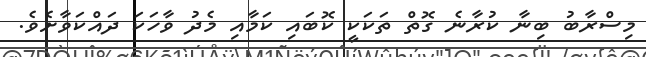
މިސްރާބު ބިނާ ކުރާނެ ގޮތް ތަކަކީ ކޮބައި ކަމާއި މެދު ވާހަކަ ދައްކަވާށެވެ.